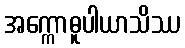
အက္ကောဓူပါယာသိဿ